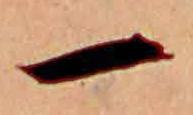
一